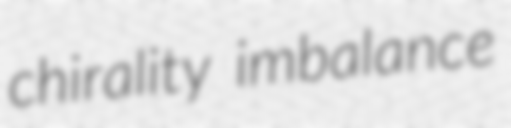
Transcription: chirality imbalance